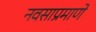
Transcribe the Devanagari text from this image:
नवसाप्रमाणे